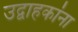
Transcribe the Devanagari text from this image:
उद्वाहकांना